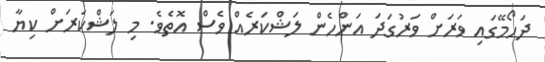
ދަހޯމޭގައި ވަރަށް ވަރުގަދަ އަންހެން ލަޝްކަރެއް ވެސް އޮތެވެ. މި ލަޝްކަރަށް ކިޔާ